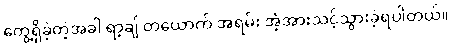
တွေ့ရှိခဲ့တဲ့အခါ ရာ့ချ် တယောက် အရမ်း အံ့အားသင့်သွားခဲ့ရပါတယ်။